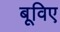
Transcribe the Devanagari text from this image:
बूविए